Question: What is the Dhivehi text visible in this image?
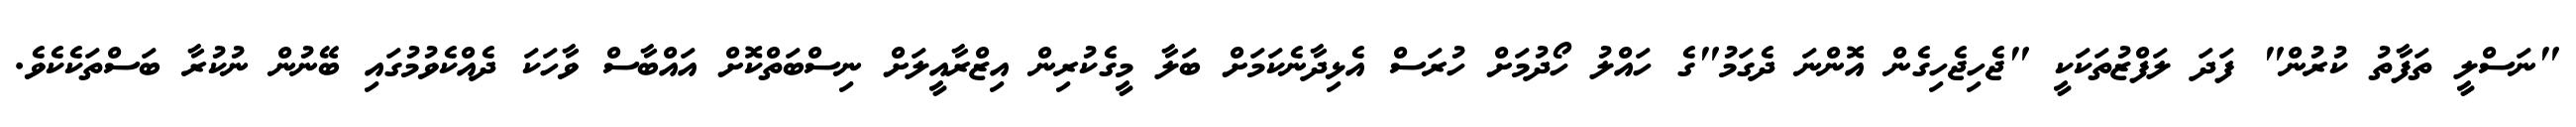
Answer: "ނަސްލީ ތަފާތު ކުރުން" ފަދަ ލަފްޒުތަކަކީ "ޖެހިޖެހިގެން އޮންނަ ދެގަމު"ގެ ހައްލު ހޯދުމަށް ހުރަސް އެޅިދާނެކަމަށް ބަލާ މީގެކުރިން އިޒްރާއީލަށް ނިސްބަތްކޮށް އައްބާސް ވާހަކަ ދެއްކެވުމުގައި ބޭނުން ނުކުރާ ބަސްތަކެކެވެ.